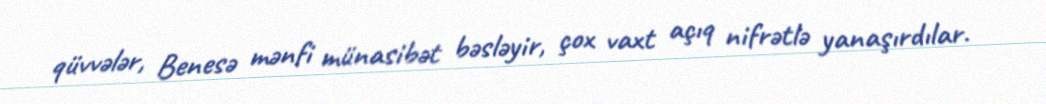
qüvvələr, Benesə mənfi münasibət bəsləyir, çox vaxt açıq nifrətlə yanaşırdılar.